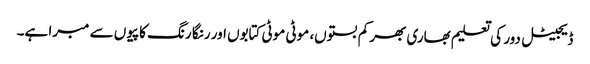
ڈیجیٹل دور کی تعلیم بھاری بھر کم بستوں، موٹی موٹی کتابوں اور رنگا رنگ کاپیوں سے مبرا ہے۔